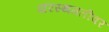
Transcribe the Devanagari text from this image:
परिस्थमतीवर